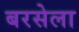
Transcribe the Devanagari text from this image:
बरसेला